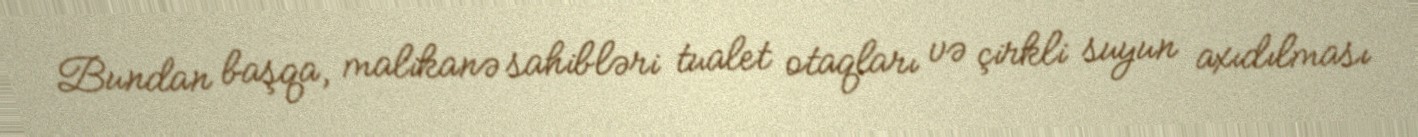
Bundan başqa, malikanə sahibləri tualet otaqları və çirkli suyun axıdılması